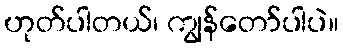
ဟုတ်ပါတယ်၊ ကျွန်တော်ပါပဲ။